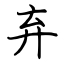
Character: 弃